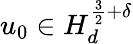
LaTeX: u_{0}\in H_{d}^{\frac{3}{2}+\delta}